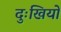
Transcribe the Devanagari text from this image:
दुःखियों